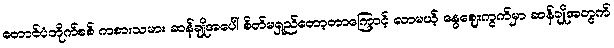
တောင်ပံတိုက်စစ် ကစားသမား ဆန်ချိုအပေါ် စိတ်မရှည်တော့တာကြောင့် လာမယ့် နွေဈေးကွက်မှာ ဆန်ချိုအတွက်